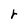
Character: r